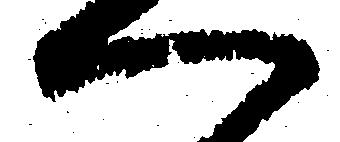
へ